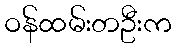
ဝန်ထမ်းတဦးက